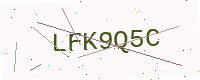
Text: LFK9Q5C